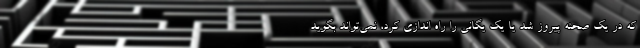
که در یک صحنه پیروز شد یا یک یگانی را راه اندازی کرد، نمی‌تواند بگوید